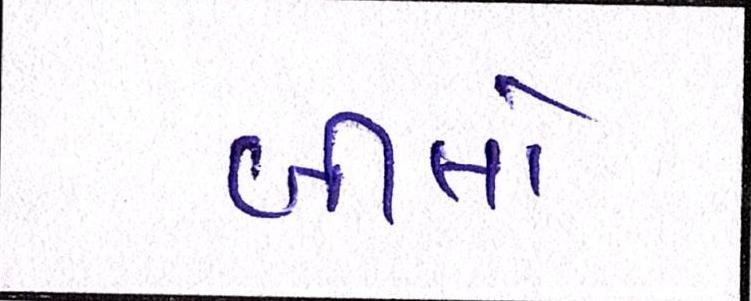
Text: બીલો